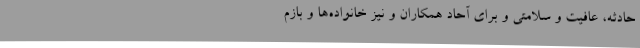
حادثه، عافیت و سلامتی و برای آحاد همکاران و نیز خانواده‌ها و بازم